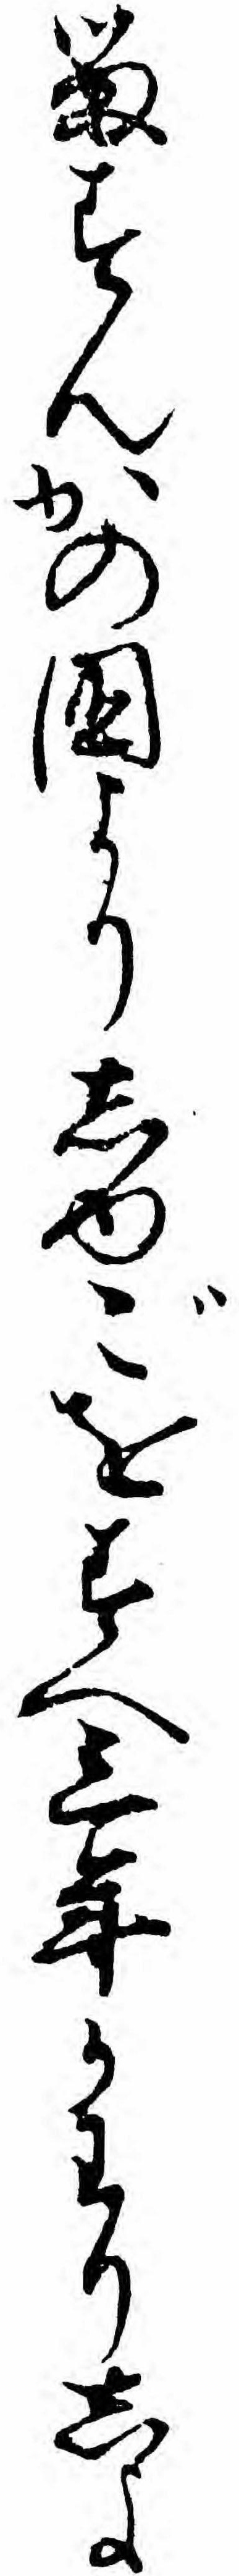
るすんかの国よりしゆごをすへ三年かわりしよ